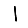
Digit: 1